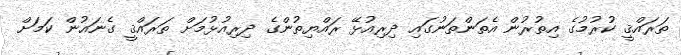
ތަރައްޤީ ކުރުމުގެ އިތުރުން އެތަންތަނުގައި ދިރިއުޅޭ ރައްޔިތުންގެ ދިރިއުޅުމަށް ތަރައްޤީ ގެނައުން ކަމަށް